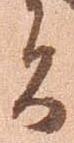
者